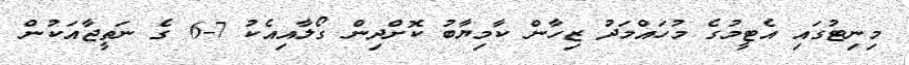
މިނިޓުގައި އެޓީމުގެ މުހައްމަދު ޒިހާން ކާމިޔާބު ކޮށްދިން ގޯލާއިއެކު 7-6 ގެ ނަތީޖާއަކުން